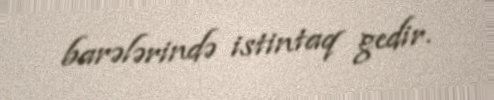
barələrində istintaq gedir.